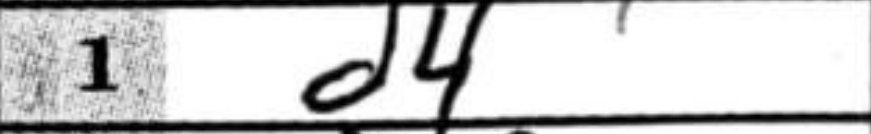
Transcription: d4